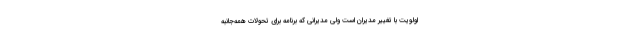
اولویت با تغییر مدیران است ولی مدیرانی که برنامه برای تحولات همه‌جانبه